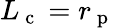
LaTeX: L_{\mathrm{~c~}}=r_{\mathrm{~p~}}